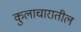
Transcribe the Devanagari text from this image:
कुलाचारातील